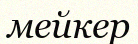
мейкер